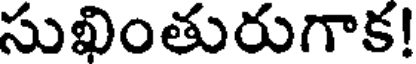
సుఖింతురుగాక!